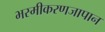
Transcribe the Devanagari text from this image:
भस्मीकरणजापान